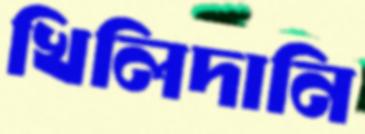
খিলিদানি